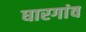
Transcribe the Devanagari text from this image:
घारगांव